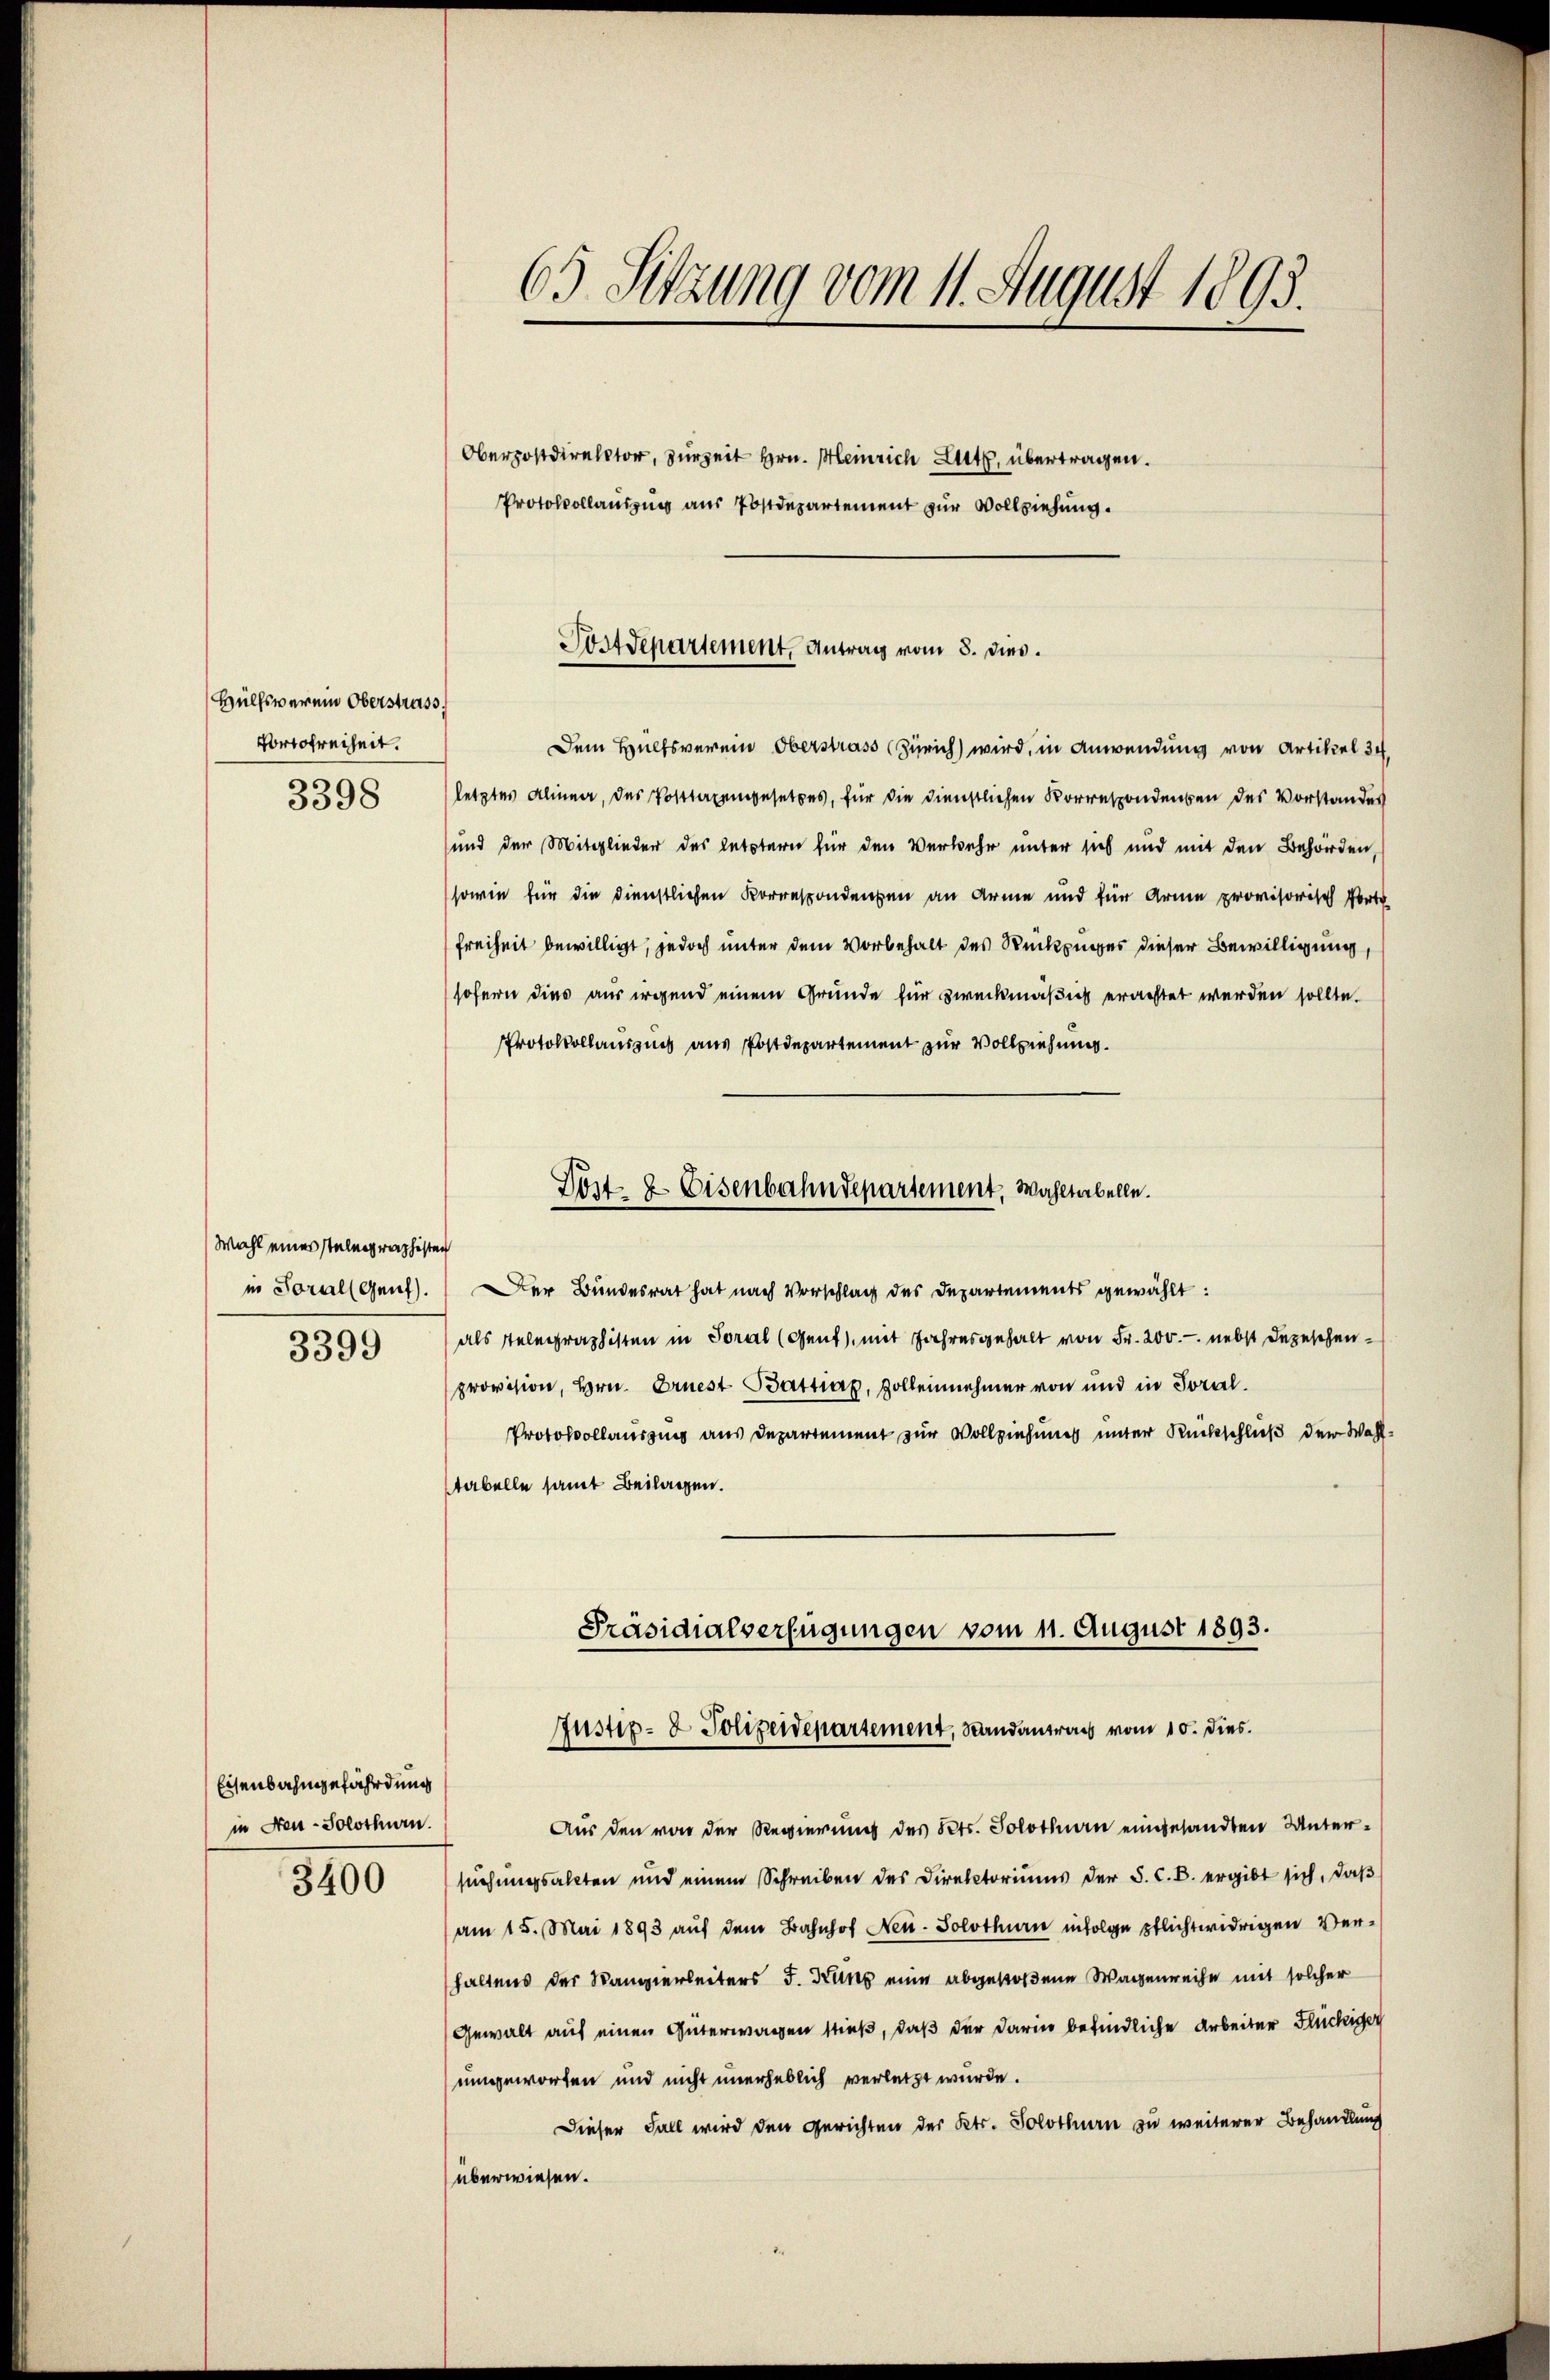
Hülfsverein Oberstrass
Vortofreiheit.
3398

Wahl eines stelegraphisten
in Sorall Genf).
3399

Eisenbahngefährdung
in Neu-Solothurn.
3400

63 Sitzung vom 11. August 1895.

Dem Hülfsverein Oberstrass Zürich) wird, in Anwendung von Artikel 34.
letztes Alinea, das Posttaxengesetzes, für die Dienstlichen Korrespondenten des Vorstandes
und der Mitglieder des letztern für den Verwehr unter sich und mit den Behörden,
sowie für die dienstlichen Korrespondenten an Arme und für Arme provisorisch fort
Freiheit bewilligt, jedoch unter dem Vorbehalt des Rückzuges dieser Bewilligung,
sofern dies aus irgend einem Grunde für zweckmäßig erachtet werden sollte.
Protokollauszug aus Postdepartement zur Vollziehung.
Dost- & Eisenbahndepartement, Wahltabelle.
DDer Bundesrat hat nach Vorschlag des Departements gewählt:
als Telegraphisten in Soral (Gent, mit Jahresgehalt von Fr. 200. - nebst Depeschenprovision, Hrn. Ernest Battap, Zolleinehmer von und in Soral.
Protokollausung aus Departement zur Vollziehung unter Rückschluß der Wahltabelle samt Beilagen.

Oberpostdirektor, zurzeit Hrn. Heinrich Lutz, übertragen.
Protokollauszug aus Postdepartement zur Vollziehung.

Postdepartement. Antrag vom 8. dies.

Präsidialverfügungen vom 11. August 1893.
Justiz- & Polizeidepartement, Randantrag vom 10. dies

Aus den von der Regierung des Kts. Solothurn eingesandten Untersuchungsalten und einem Schreiben des Direktoriums der S. C. B. ergibt sich, daß
am 15. Mai 1893 auf dem Bahnhof Neu-Solothurn infolge pflichtwidrigen Verhaltens der Wangerbeiters J. Kuns eine abgestoßene Wagenreihe mit solcher
Gewalt auf einen Güterwagen stieß, daß der Darier befindliche Arbeiter Flückiger
umgeworfen und nicht unerheblich verletzt wurde.
Dieser Fall wird den Gerichten des Kts. Solothurn zu weiterer Behandlung
überwiesen.